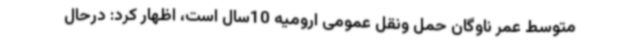
متوسط عمر ناوگان حمل ونقل عمومی ارومیه 10سال است، اظهار کرد: درحال